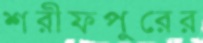
শরীফপুরের